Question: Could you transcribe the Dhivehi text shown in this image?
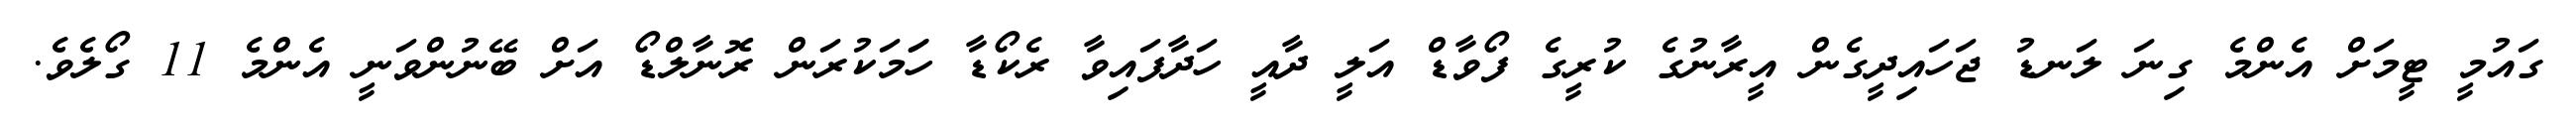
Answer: ގައުމީ ޓީމަށް އެންމެ ގިނަ ލަނޑު ޖަހައިދީގެން އީރާނުގެ ކުރީގެ ފޯވާޑް އަލީ ދާއީ ހަދާފައިވާ ރެކޯޑާ ހަަމަކުރަން ރޮނާލްޑޯ އަށް ބޭނުންވަނީ އެންމެ 11 ގޯލެވެ.